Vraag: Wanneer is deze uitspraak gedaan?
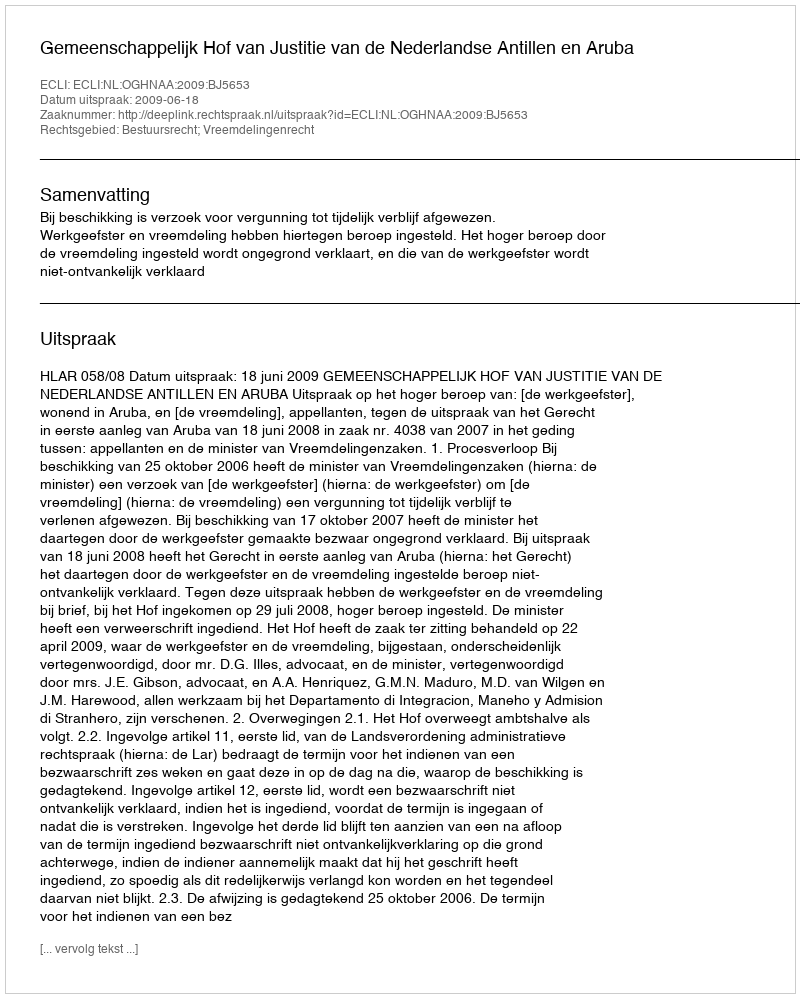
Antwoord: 2009-06-18